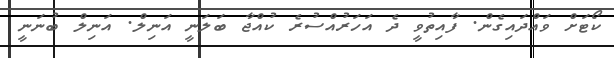
ކޯޓަށް ވައްދައިގެން. ފާއިތުވީ ދެ އަހަރުއްސުރެ ކުއްޖާ ބަލަނީ އަނިލް. އަނިލް ބުނަނީ